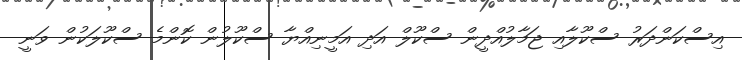
އިސްކަންދަރު ސްކޫލާއި ޖަމާލުއްދީން ސްކޫލް އަދި އަމީނިއްޔާ ސްކޫލުން ކޮންމެ ސްކޫލަކުން ވަނީ